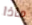
ماذا